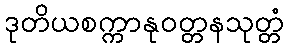
ဒုတိယစက္ကာနုဝတ္တနသုတ္တံ